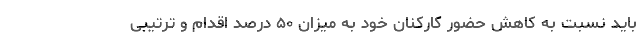
باید نسبت به کاهش حضور کارکنان خود به میزان ۵۰ درصد اقدام و ترتیبی